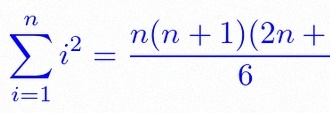
\sum_{i=1}^{n}i^2=\frac{n(n+1)(2n+1)}6